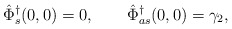
\begin{align*} \hat \Phi^\dagger_s(0,0)=0, \qquad\hat \Phi^\dagger_{as}(0,0) = \gamma_2,\end{align*}